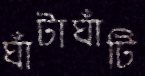
ঘাঁটাঘাঁটি